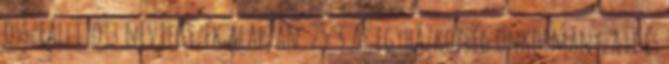
összeállított névjegyzék alapján. 25. § Az egyházközség önkormányzati és